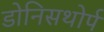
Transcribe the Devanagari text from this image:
डोनिसथोर्प